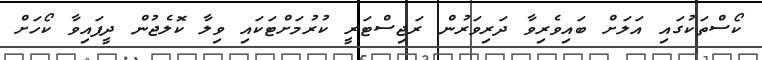
ކޯސްތަކުގައި އަލަށް ބައިވެރިވާ ދަރިވަރުން ރަޖިސްޓަރީ ކުރުމަށްޓަކައި ވިލާ ކޮލެޖުން ދީފައިވާ ކޯހަށް